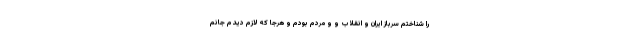
را شناختم سرباز ایران و انقلاب و و مردم بودم و هرجا که لازم دیدم جانم